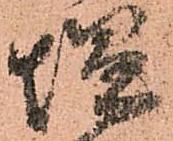
塩